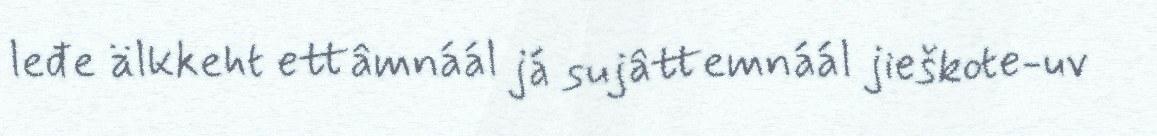
leđe älkkeht ettâmnáál já sujâttemnáál jieškote-uv